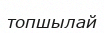
топшылай